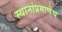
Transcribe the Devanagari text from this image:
स्थानांप्रमाणेच